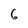
Character: 6